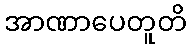
အာဏာပေတူတိ